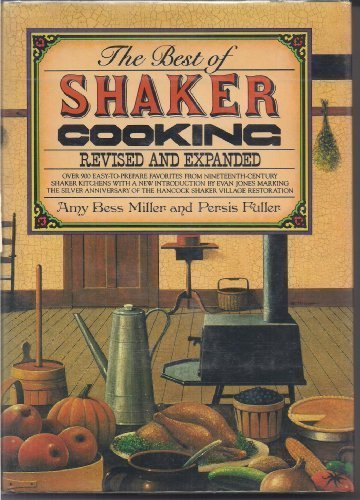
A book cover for The Best of Shaker Cooking: Over 900 Easy-to-Prepare Favorites from Nineteenth-Century Shaker Kitchens; Amy Bess Miller; Cookbooks, Food & Wine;